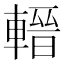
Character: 𨍬